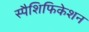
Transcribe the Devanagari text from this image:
स्पैशिफिकेशन